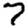
Digit: 7